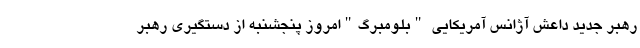
رهبر جدید داعش آژانس آمریکایی "بلومبرگ"امروز پنجشنبه از دستگیری رهبر